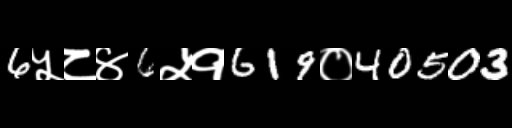
Text: 6५८४6५१619०40503